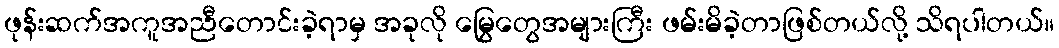
ဖုန်းဆက်အကူအညီတောင်းခဲ့ရာမှ အခုလို မြွေတွေအများကြီး ဖမ်းမိခဲ့တာဖြစ်တယ်လို့ သိရပါတယ်။